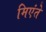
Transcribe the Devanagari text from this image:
मिएंते